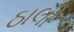
ઠાલી